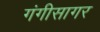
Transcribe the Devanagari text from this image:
गंगीसागर